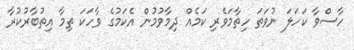
ހާސްވާ ކަހަލަ ނުވަތަ ހިތާމަވެރި ކަމެއް ދިމާވުމުން އެކަމުގެ ވާހަކަ ތިމާ އިތުބާރުކުރާ